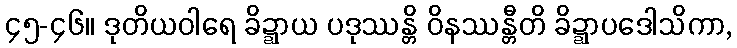
၄၅-၄၆။ ဒုတိယဝါရေ ခိဍ္ဍာယ ပဒုဿန္တိ ဝိနဿန္တီတိ ခိဍ္ဍာပဒေါသိကာ,